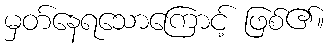
မှတ်နေရသောကြောင့် ဖြစ်၏။